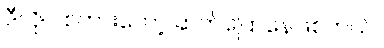
ဒီလိုပဲ စကားတော့ ဆက်ပြောနေဖြစ်တယ်။